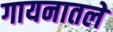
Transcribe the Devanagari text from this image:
गायनातले